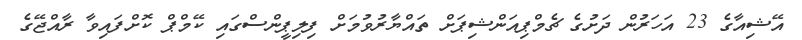
އޭޝިއާގެ 23 އަހަރުން ދަށުގެ ޗެމްޕިއަންޝިޕަށް ތައްޔާރުވުމަށް ފިލިޕީންސްގައި ކޭމްޕް ކޮށްފައިވާ ރާއްޖޭގެ